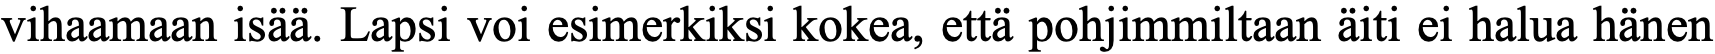
vihaamaan isää. Lapsi voi esimerkiksi kokea, että pohjimmiltaan äiti ei halua hänen